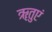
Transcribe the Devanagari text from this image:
ॠतुएं